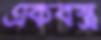
একবস্ত্র